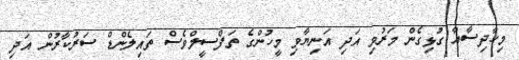
މިހާދިސާއާ ގުޅިގެން މަރުވި އަދި އަނިޔާވި މީހުންގެ ތަފްސީލްވެސް ތައިލެންޑް ސަރުކާރުން އަދި